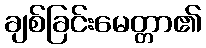
ချစ်ခြင်းမေတ္တာ၏